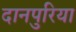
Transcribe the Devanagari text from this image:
दानपुरिया